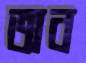
অব